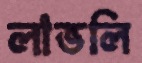
লাভলি